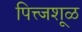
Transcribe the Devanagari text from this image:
पित्त्जशूळ